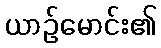
ယာဉ်မောင်း၏